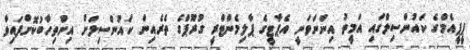
ޕީޕީއެމްގެ ކައުންސިލްގައި އަމީތު އިންނަވަނީ އެޕާޓީގެ ޕާލިމެންޓްރީ ގުރޫޕްގެ ތެރެއިން ކައުންސިލަށް އިންތިހާބުކޮށްފައިވާ